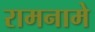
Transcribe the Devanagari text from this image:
रामनामे